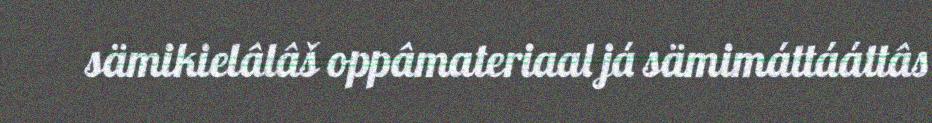
sämikielâlâš oppâmateriaal já sämimáttááttâs